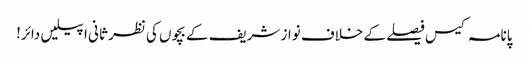
پانامہ کیس فیصلے کے خلاف نواز شریف کے بچوں کی نظر ثانی اپیلیں دائر!